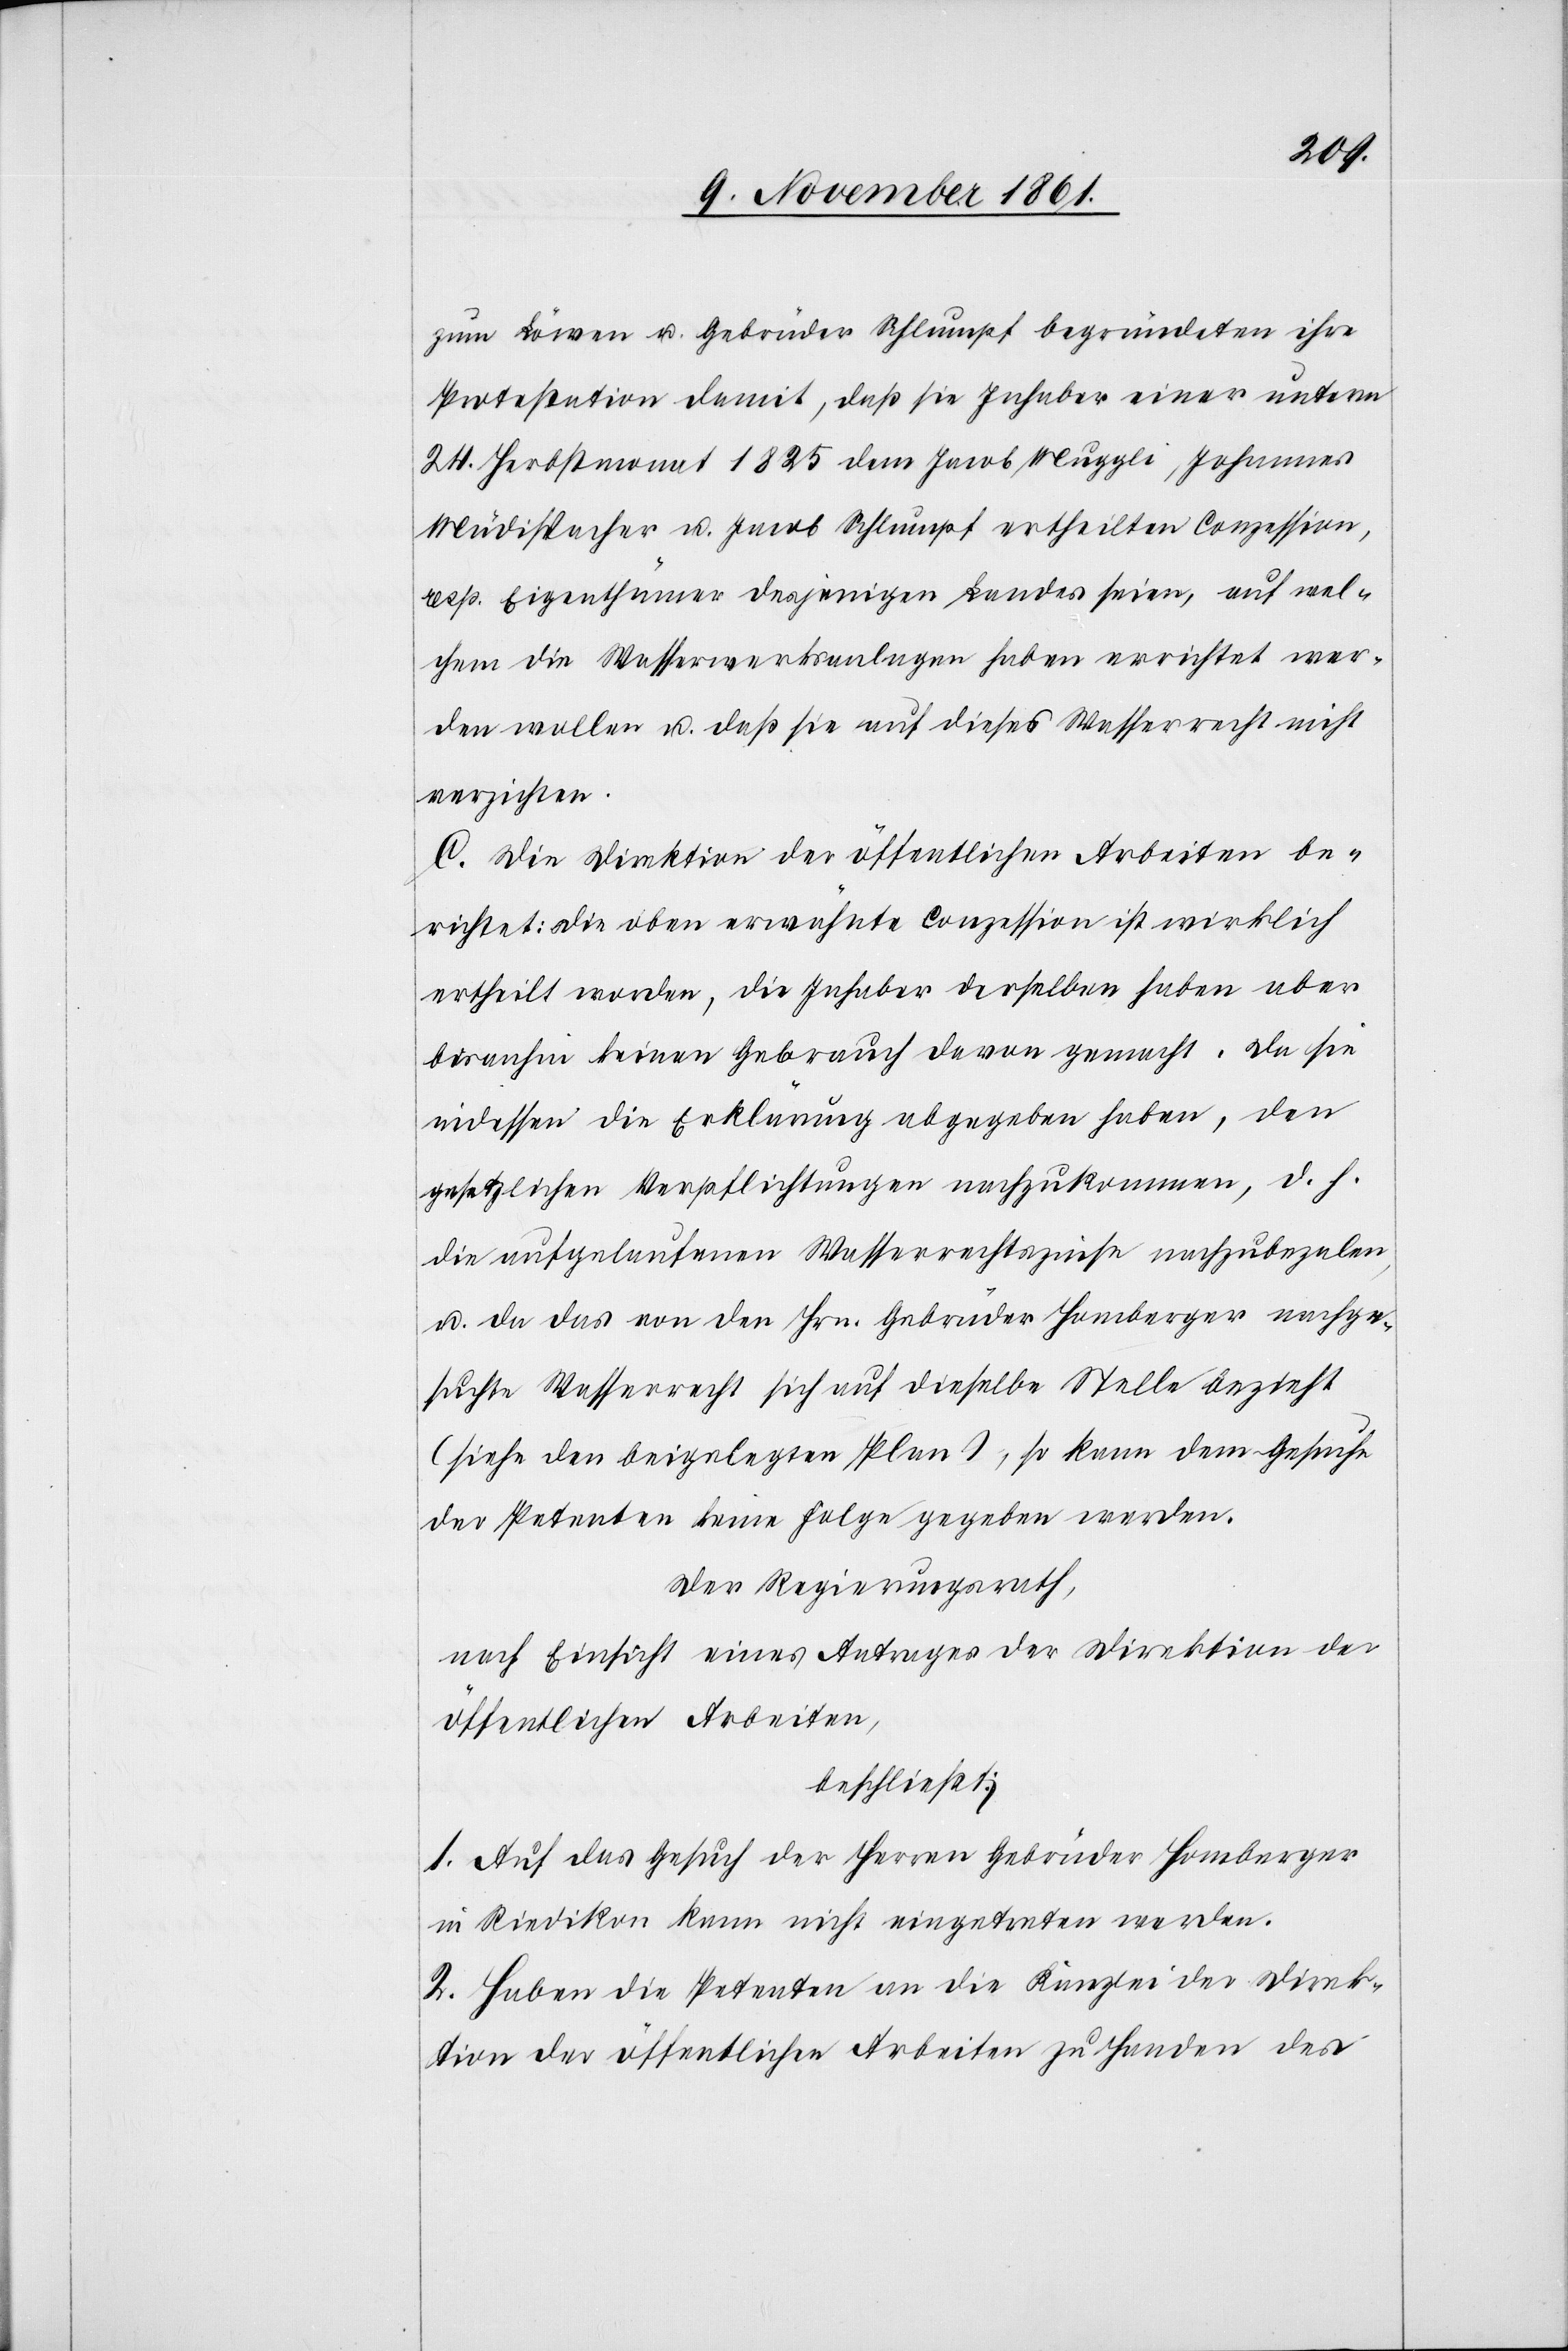
zum Löwen u. Gebrüder Schlumpf begründeten ihre
Protestation damit, daß sie Inhaber einer unterm
24 Herbstmonat 1825 dem Jacob Muggli, Johannes
Müdispacher u. Jacob Schlumpf ertheilten Conzession,
resp. Eigenthümer desjenigen Landes seien, auf wel¬
chem die Wasserwerksanlagen haben errichtet wer¬
den wollen u. daß sie auf dieses Wasserrecht nicht
verzichten.
C. Die Direktion der öffentlichen Arbeiten be¬
richtet: die oben erwähnte Conzession ist wirklich
ertheilt worden, die Inhaber derselben haben aber
bisanhin keinen Gebrauch davon gemacht. Da sie
indessen die Erklärung abgegeben haben, den
gesetzlichen Verpflichtungen nachzukommen, d. h.
die aufgelaufenen Wasserrechtszinse nachzubezalen,
u. da das von den Hrn. Gebrüder Homberger nachge¬
suchte Wasserrecht sich auf dieselbe Stelle bezieht
(siehe den beigelegten Plan), so kann dem Gesuche
der Petenten keine Folge gegeben werden.
Der Regierungsrath,
nach Einsicht eines Antrages der Direktion der
öffentlichen Arbeiten,
beschließt:
1. Auf das Gesuch der Herren Gebrüder Homberger
in Riedikon kann nicht eingetreten werden.
2. Haben die Petenten an die Kanzlei der Direk¬
tion der öffentlichen Arbeiten zu Handen des